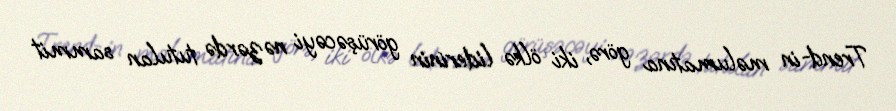
Trend-in məlumatına görə, iki ölkə liderinin görüşəcəyi nəzərdə tutulan sammit